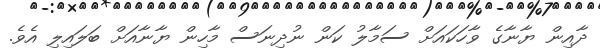
ދާއިން ޔާނާގެ ވާހަކައަށް ސަމާލު ކަން ނުދިނަސް މާހިން ޔާނާއަށް ބަލައިލި އެވެ.